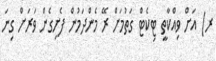
ރ) އަށް ވިއްކާތީ ޓިކެޓް ގަތުމަށް ރޭ މެންދަމުން ފެށިގެން ވަރަށް ގިނަ